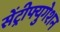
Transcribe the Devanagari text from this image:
सेंट्रीफ्युगेशन